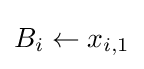
B_{i}\leftarrow x_{i,1}